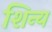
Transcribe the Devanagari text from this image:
शिन्य